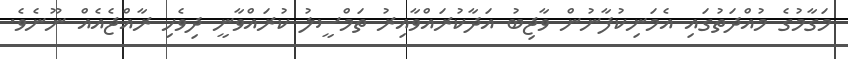
މަގާމުގެ މުއްދަތުގައި އެމަނިކުފާނުން ވާޖިބު އަދާކުރައްވާއިރު ތަމްސީލު ކުރައްވާނީ ދިވެހި ރާއްޖެއެއް ނޫނެވެ.